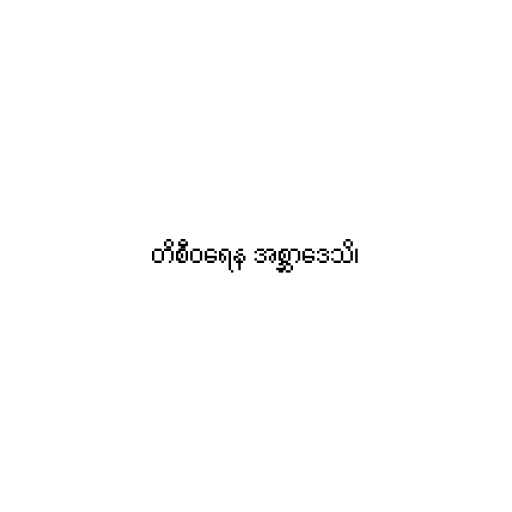
တိစီဝရေန အစ္ဆာဒေသိ၊